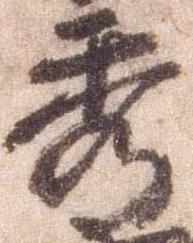
秀